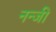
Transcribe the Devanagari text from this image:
नन्जी